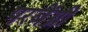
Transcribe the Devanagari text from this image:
परबेंग्नी